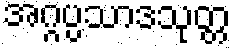
အဂ္ဂပ္ပသာဒသုတ္တ